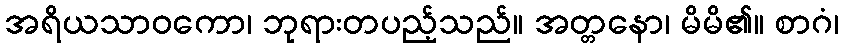
အရိယသာဝကော၊ ဘုရားတပည့်သည်။ အတ္တနော၊ မိမိ၏။ စာဂံ၊